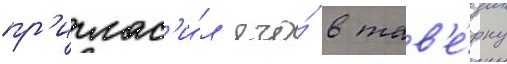
пр'иглас'и́л его́ в тав'е́рну